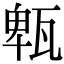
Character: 㼰